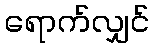
ရောက်လျှင်